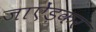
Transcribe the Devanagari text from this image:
जाऐंड़कर